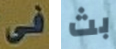
فى بث